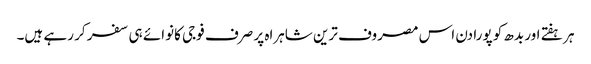
ہر ہفتے اور بدھ کو پورا دن اس مصروف ترین شاہراہ پر صرف فوجی کانوائے ہی سفر کر رہے ہیں۔